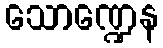
သောဏ္ဍေန